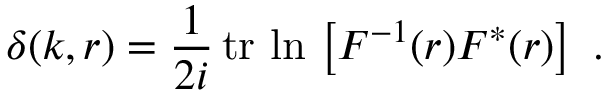
\delta ( k , r ) = \frac { 1 } { 2 i } \, \mathrm { t r } \, \ln \, \left[ F ^ { - 1 } ( r ) F ^ { * } ( r ) \right] \ .